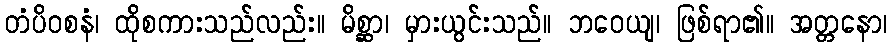
တံပိဝစနံ၊ ထိုစကားသည်လည်း။ မိစ္ဆာ၊ မှားယွင်းသည်။ ဘဝေယျ၊ ဖြစ်ရာ၏။ အတ္တနော၊